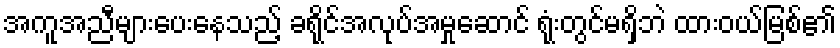
အကူအညီများပေးနေသည့် ခရိုင်အလုပ်အမှုဆောင် ရုံးတွင်မရှိဘဲ ထားဝယ်မြစ်၏